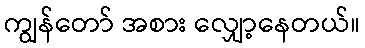
ကျွန်တော် အစား လျှော့နေတယ်။